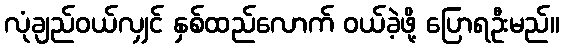
လုံချည်ဝယ်လျှင် နှစ်ထည်လောက် ဝယ်ခဲ့ဖို့ ပြောရဦးမည်။